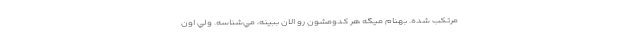
مرتكب شده. بهنام ميگه هر كدومشون رو الان ببينه، مي‌شناسه. ولي اون